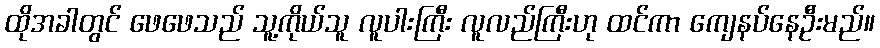
ထိုအခါတွင် ဖေဖေသည် သူ့ကိုယ်သူ လူပါးကြီး လူလည်ကြီးဟု ထင်ကာ ကျေနပ်နေဦးမည်။